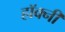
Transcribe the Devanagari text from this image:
हॉक्नी